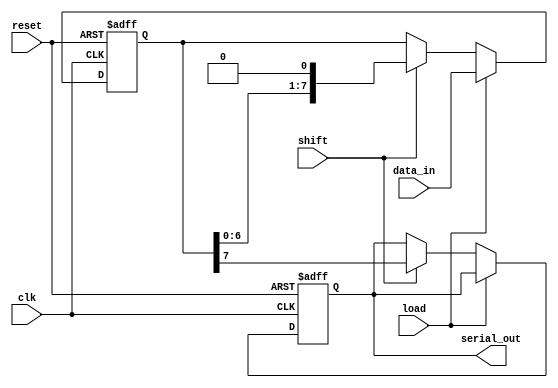
module dynamic_piso #(
    parameter N = 8  // Register width
)(
    input wire [N-1:0] data_in,  // Parallel data input
    input wire load,              // Load control signal
    input wire shift,             // Shift control signal
    input wire clk,               // Clock signal
    input wire reset,             // Reset signal
    output reg serial_out         // Serial output
);

    reg [N-1:0] storage;  // Storage for the data

    // Asynchronous reset
    always @ (posedge clk or posedge reset) begin
        if (reset) begin
            storage <= {N{1'b0}};  // Clear storage to all zeroes
            serial_out <= 1'b0;
        end else if (load) begin
            storage <= data_in;    // Load data into storage
        end else if (shift) begin
            serial_out <= storage[N-1]; // Output MSB
            storage <= {storage[N-2:0], 1'b0}; // Shift left
        end
    end

endmodule